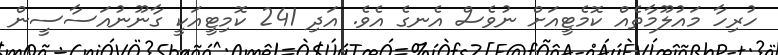
ހުރިހާ މައުލޫމާތެއް ކޮމެޓީއަށް ނުވެސް އެނގެ އެވެ. އަދި 241 ކޮމިޓީއަކީ ގާނޫނުއަސާސީން